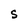
Character: S